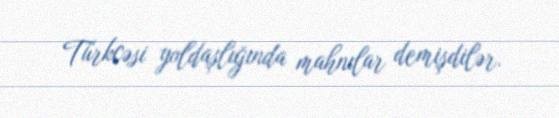
Türkcəsi yoldaşlığında mahnılar demişdilər.